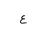
Letter: _ayn